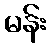
မန်း